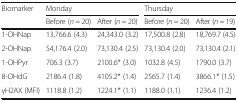
| <ROWSPAN=2> Biomarker | <COLSPAN=2> Monday | <COLSPAN=2> Thursday |
 | Before (n = 20) | After (n = 20) | Before (n = 20) | After (n = 19) |
 | --- | --- | --- | --- | --- |
 | 1-OHNap | 13,766.6 (4.3) | 24,343.0 (3.2) | 17,500.8 (2.8) | 18,769.7 (4.5) |
 | 2-OHNap | 54,176.4 (2.0) | 73,130.4 (2.5) | 73,130.4 (2.0) | 73,130.4 (2.1) |
 | 1-OHPyr | 706.3 (3.7) | 2100.6* (3.0) | 1032.8 (4.5) | 1790.0 (3.7) |
 | 8-OHdG | 2186.4 (1.8) | 4105.2* (1.4) | 2565.7 (1.4) | 3866.1* (1.5) |
 | γH2AX (MFI) | 1118.8 (1.2) | 1224.1* (1.1) | 1188.0 (1.1) | 1236.4 (1.2) |